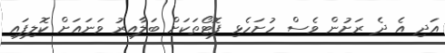
އަދި އެ ދެ ރަށުން ވެސް ހުށަހެޅި ފޮޓޯތަކަށް ބަލާއިރު ވަނައަށް ކޮލިފައި